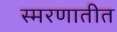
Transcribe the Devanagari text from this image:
स्मरणातीत